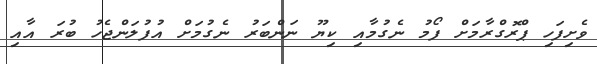
ވެށިފަހި ޕްރޮގްރާމަށް ފޯމު ނެގުމާއި ކިޔޫ ނަންބަރު ނެގުމަށް އުފުލަންޖެހު ބުރަ އާއި